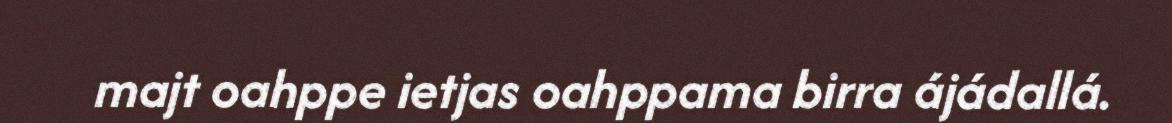
majt oahppe ietjas oahppama birra ájádallá.